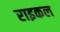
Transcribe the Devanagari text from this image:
राइकल